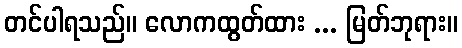
တင်ပါရသည်။ လောကထွတ်ထား ... မြတ်ဘုရား။